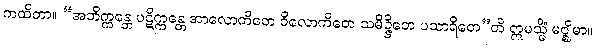
ကထိတာ။ “အဘိက္ကန္တေ ပဋိက္ကန္တေ အာလောကိတေ ဝိလောကိတေ သမိဉ္ဇိတေ ပသာရိတေ”တိ ဣမသ္မိံ မဇ္ဈိမာ။